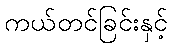
ကယ်တင်ခြင်းနှင့်